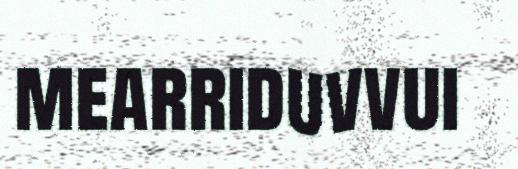
mearriduvvui